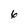
Character: 6